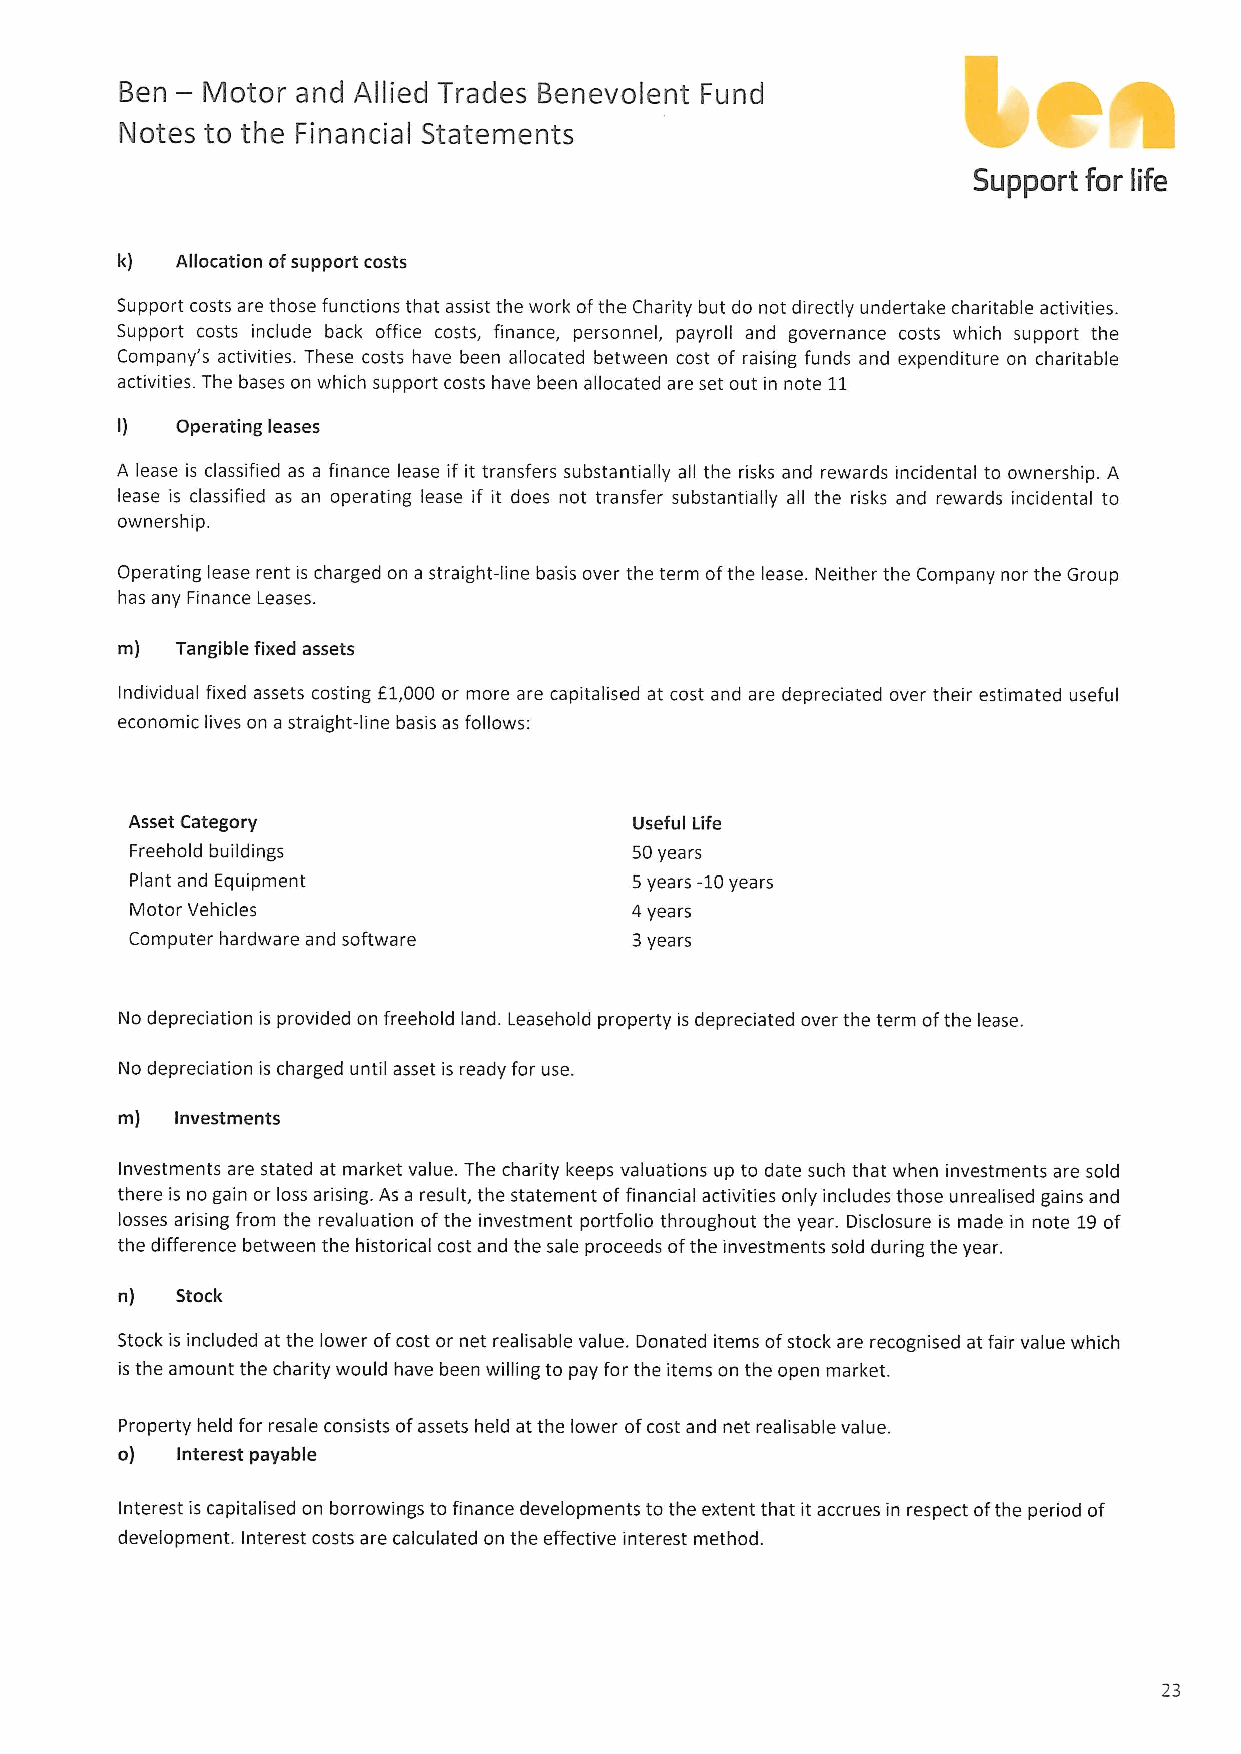
—
 Ben  Motor  and Allied Trades Benevolent Fund
 Notes to the Financial Statements
 Support for life
 k)  Allocation ofsupport costs
 Support costs are those functions that assist the work ofthe Charity but do not directly undertake charitable activities.
 Support costs include back office costs, finance, personnel, payroll and governance costs which support the
 Company's activities. These costs have been allocated between cost of raising funds and expenditure on charitable
 activities. The bases on which support costs have been allocated are set out in note 11
 I)  Operating leases
 A lease is classified as a finance lease if it transfers substantially all the risks and rewards incidental to ownership. A
 lease is classified as an operating lease if it does not transfer substantially all the risks and rewards incidental to
 ownership.
 Operating lease rent is charged on a straight-line basis over the term ofthe lease. Neither the Company nor the Group
 has any Finance Leases.
 m)  Tangible fixed assets
 Individual fixed assets costing E1,000 or more are capitalised at cost and are depreciated over their estimated useful
 economic lives on a straight-line basis as follows:
 Asset Category                   Useful Life
 Freehold buildings               50years
 Plant and Equipment              5years -10years
 Motor Vehicles                   4years
 Computer hardware and software   3years
 No depreciation is provided on freehold land. Leasehold property is depreciated over the term ofthe lease.
 No depreciation is charged until asset is ready for use.
 m)  Investments
 Investments are stated at market value. The charity keeps valuations up to date such that when investments are sold
 there is no gain or loss arising. As a result, the statement offinancial activities only includes those unrealised gains and
 losses arising from the revaluation ofthe investment portfolio throughout the year. Disclosure is made in note 19of
 the difference between the historical cost and the sale proceeds ofthe investments sold during the year.
 n)  Stock
 Stock is included at the lower ofcost or net realisable value. Donated items ofstock are recognised at fair value which
 is the amount the charity would have been willing to pay for the items on the open market.
 Property held for resale consists ofassets held at the lower ofcost and net realisable value.
 o)  Interest payable
 Interest is capitalised on borrowings to finance developments to the extent that it accrues in respect ofthe period of
 development. Interest costs are calculated on the effective interest method.
 23